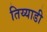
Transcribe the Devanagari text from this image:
तिय्याडी